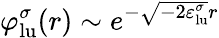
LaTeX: \varphi_{\mathrm{lu}}^{\sigma}(r)\sim e^{-\sqrt{-2\varepsilon_{\mathrm{lu}}^{\sigma}}r}